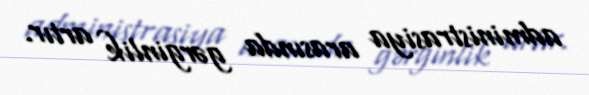
administrasiya arasında gərginlik artır.